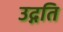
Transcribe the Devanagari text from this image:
उद्गति